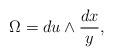
LaTeX: \begin{align*}\Omega = du \wedge \frac {dx}{y},\end{align*}